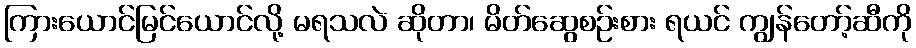
ကြားယောင်မြင်ယောင်လို့ မရသလဲ ဆိုတာ၊ မိတ်ဆွေစဉ်းစား ရယင် ကျွန်တော့်ဆီကို